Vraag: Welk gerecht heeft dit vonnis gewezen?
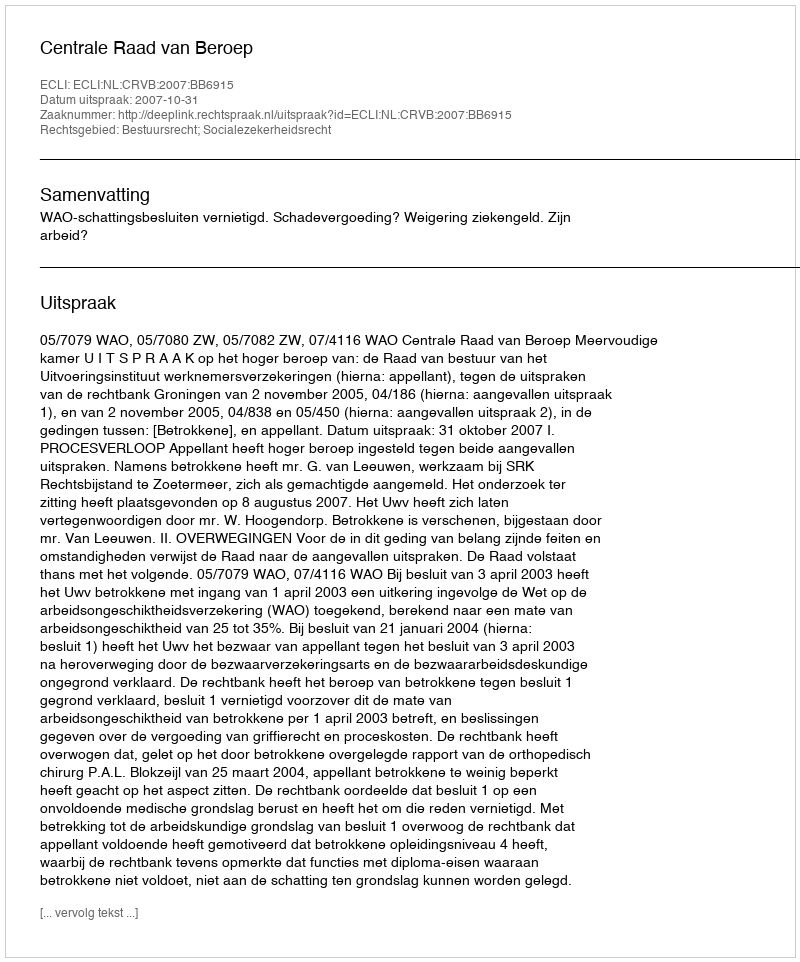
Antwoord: Centrale Raad van Beroep